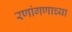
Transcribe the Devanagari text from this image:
रणांगणाच्या